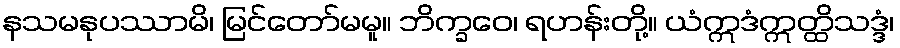
နသမနုပဿာမိ၊ မြင်တော်မမူ။ ဘိက္ခဝေ၊ ရဟန်းတို့။ ယံဣဒံဣတ္ထိသဒ္ဒံ၊